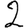
Digit: 2